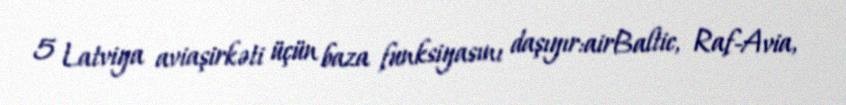
5 Latviya aviaşirkəti üçün baza funksiyasını daşıyır:airBaltic, Raf-Avia,